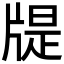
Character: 𤗘